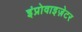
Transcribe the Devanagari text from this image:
इंप्रोवाइज़ेटर